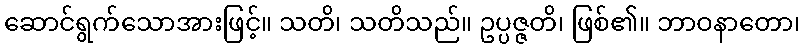
ဆောင်ရွက်သောအားဖြင့်။ သတိ၊ သတိသည်။ ဥပ္ပဇ္ဇတိ၊ ဖြစ်၏။ ဘာဝနာတော၊